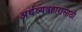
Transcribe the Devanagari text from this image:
अर्थव्यवहारासाठी